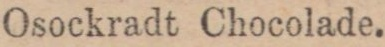
Osockradt Chocolade.